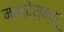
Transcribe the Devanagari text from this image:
मान्टेस्क्यू